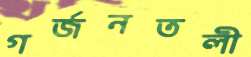
গর্জনতলী